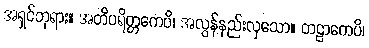
အရှင်ဘုရား။ အတိပရိတ္တကေပိ၊ အလွန်နည်းလှသော။ တဠာကေပိ၊